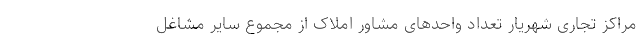
مراکز تجاری شهریار تعداد واحد‌های مشاور املاک از مجموع سایر مشاغل